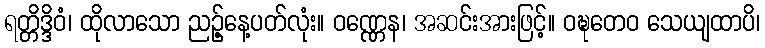
ရတ္တိဒ္ဒိဝံ၊ ထိုလာသော ညဉ့်နေ့ပတ်လုံး။ ဝဏ္ဏေန၊ အဆင်းအားဖြင့်။ ဝဍ္ဎတေဝ သေယျထာပိ၊